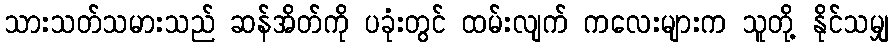
သားသတ်သမားသည် ဆန်အိတ်ကို ပခုံးတွင် ထမ်းလျက် ကလေးများက သူတို့ နိုင်သမျှ